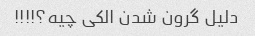
دلیل گرون شدن الکی چیه؟!!!!